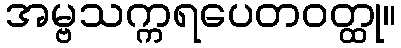
အမ္ဗသက္ကရပေတဝတ္ထု။